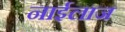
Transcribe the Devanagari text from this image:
नाईलाज